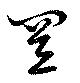
置